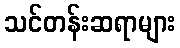
သင်တန်းဆရာများ